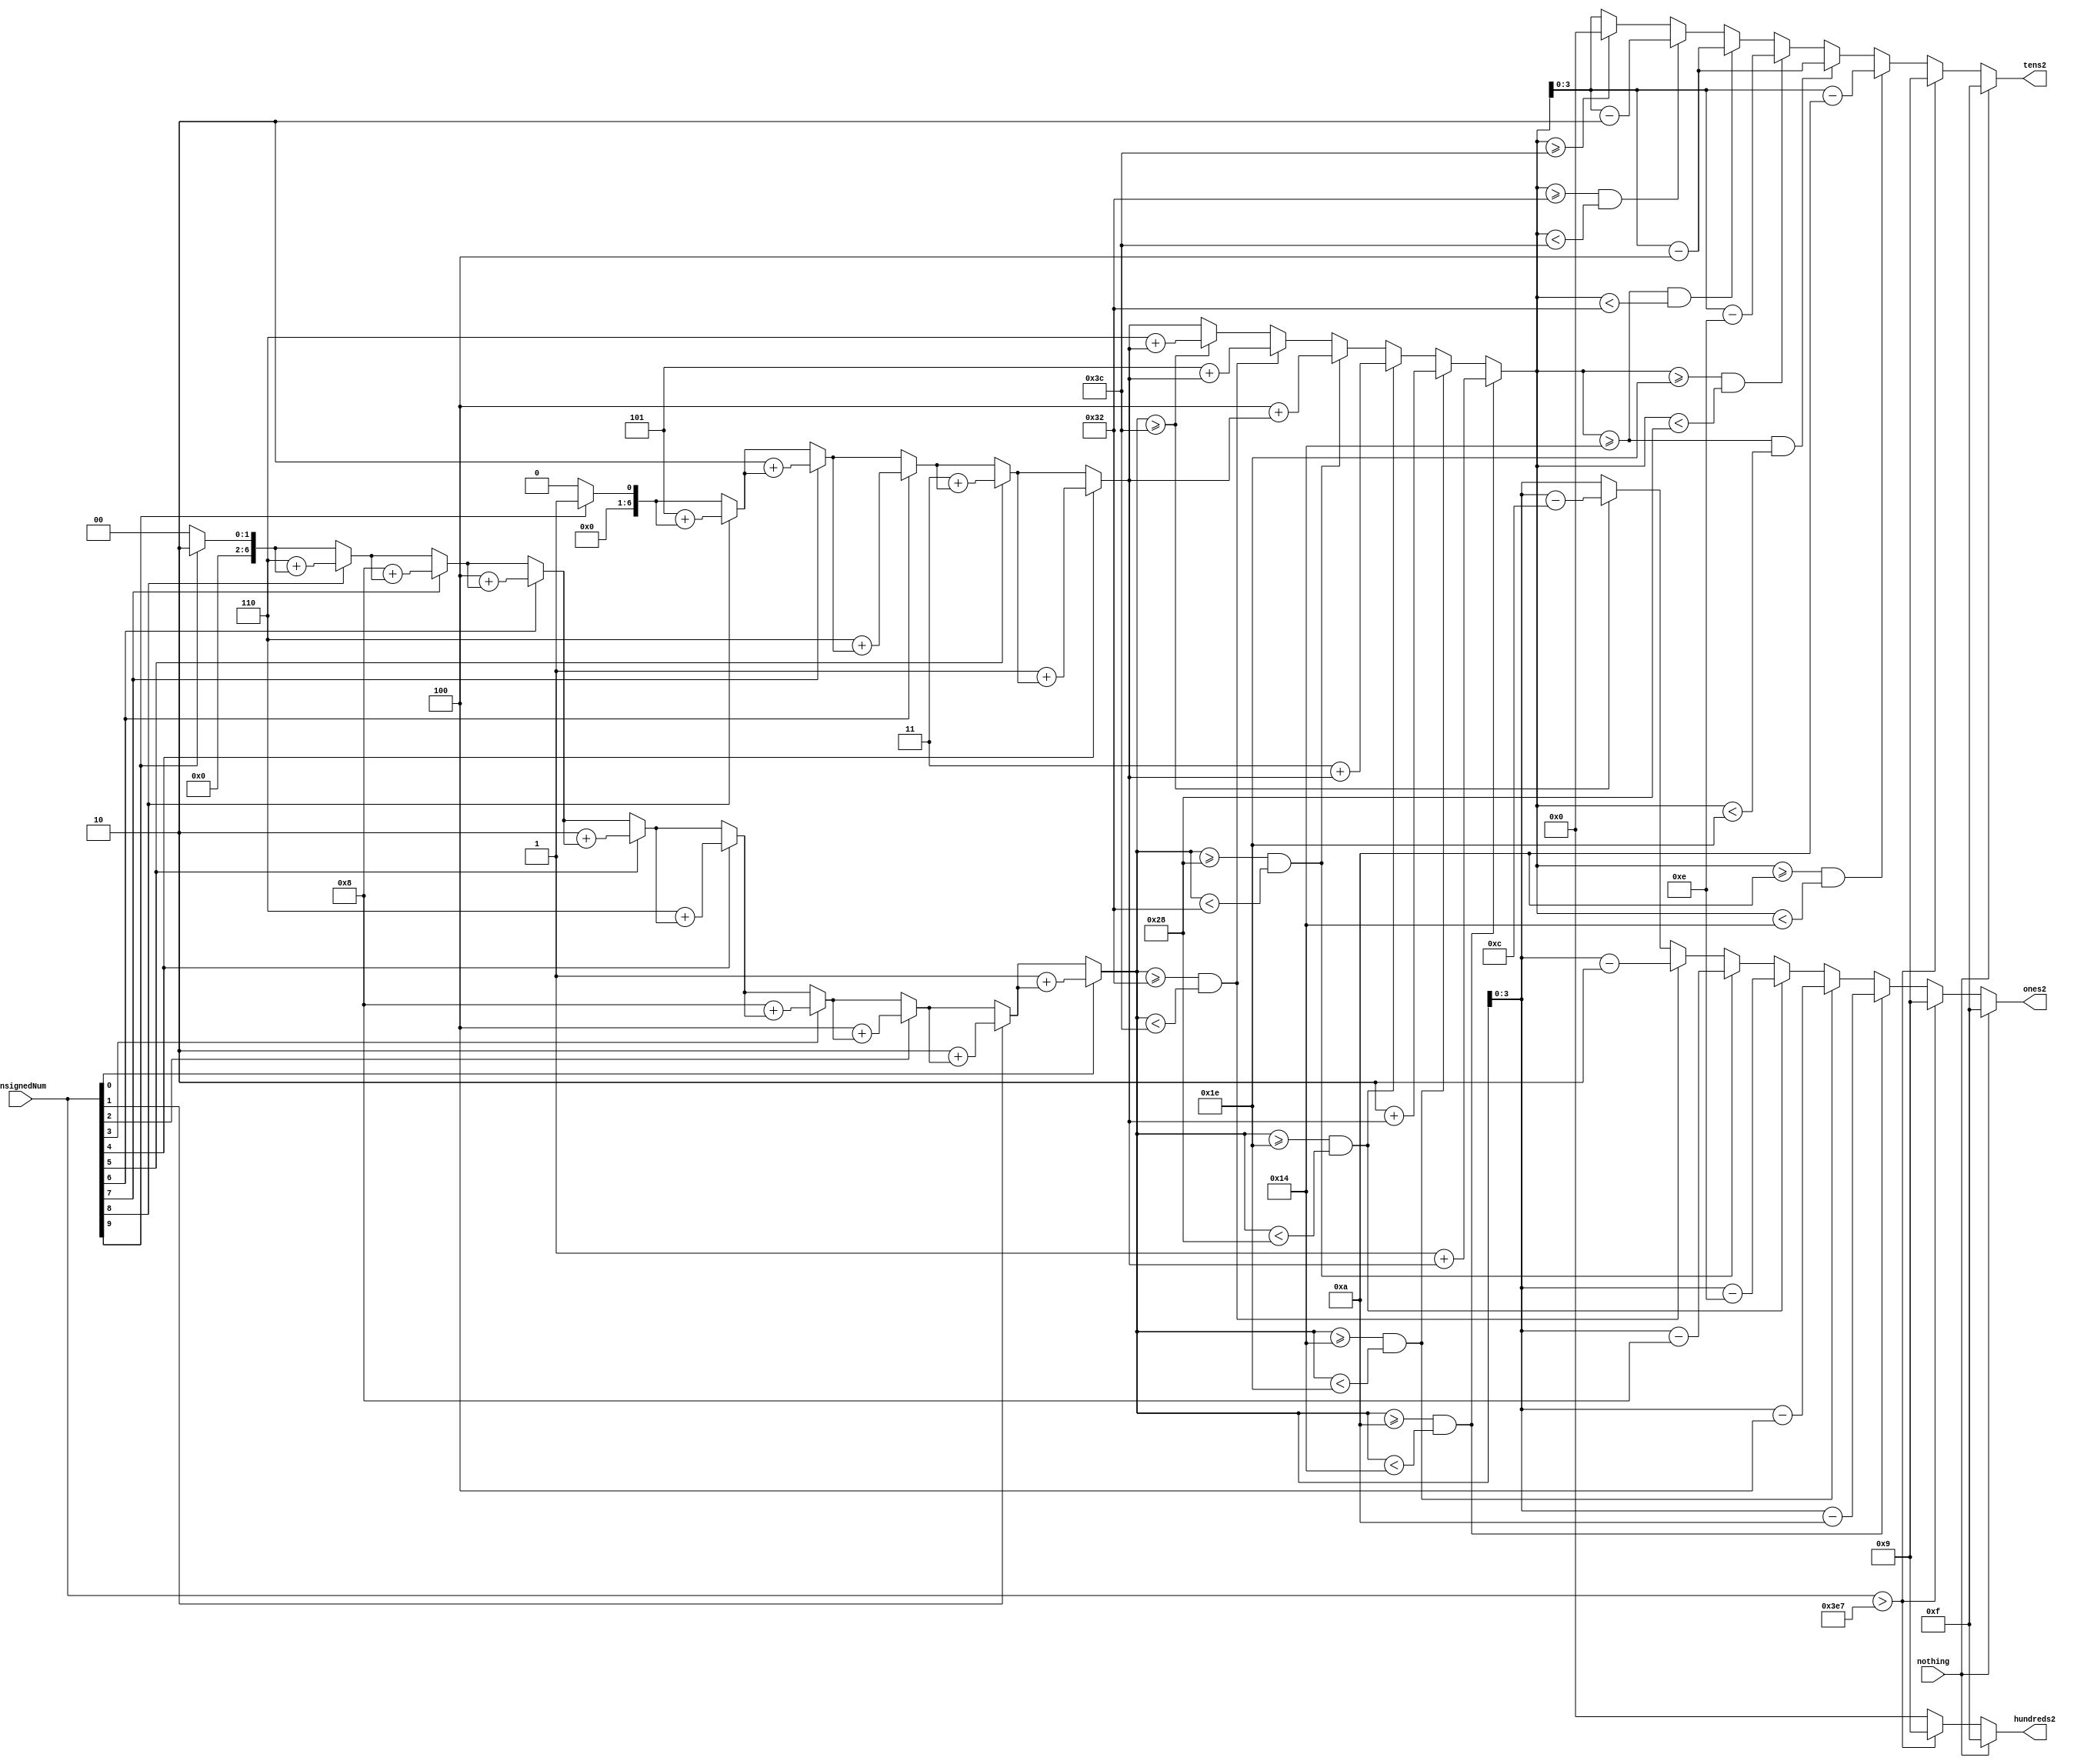
module BCDConverter(

	

	input						[9:0]	unsignedNum,
	input								nothing,
	
	///////////////HEX/////////////////////
	output		     reg [3:0]		hundreds2,
	output		     reg [3:0]		tens2,
	output		     reg [3:0]		ones2
);



//=======================================================
//  REG/WIRE declarations
//=======================================================
reg [6:0] hundreds;
reg [6:0] tens; 
reg [6:0] ones; // These are all 7 bits so as to be able to carry overflow

always @(*) begin
	hundreds2 = 4'b0000;
	tens2 = 4'b0000;
	ones2 = 4'b0000;
	hundreds = 7'b0000000;
	tens = 7'b0000000;
	ones = 7'b0000000;
	
	if (unsignedNum[9] == 1'b1) begin //if 512 bit, add 5 to hundreds, 1 to tens, and 2 to ones
		hundreds = 7'b0000101 + hundreds;
		tens = 7'b0000001 + tens;
		ones = 7'b0000010 + ones;
	end

//	#100
	if (unsignedNum[8] == 1'b1) begin // If 256 bit, Add 2 to hundreds, 5 to tens, and 6 to ones
		hundreds = 7'b0000010 + hundreds;
		tens = 7'b0000101 + tens;
		ones = 7'b0000110 + ones;
	end
	
//	#100
	if (unsignedNum[7] == 1'b1) begin // If 128 bit, add 1 to hundreds, 2 to tens, and 8 to ones
		hundreds = 7'b0000001 + hundreds;
		tens = 7'b0000010 + tens;
		ones = 7'b0001000 + ones;
	end
	
//	#100
	if (unsignedNum[6] == 1'b1) begin // If 64 bit, add 6 to tens, and 4 to ones
		tens = 7'b0000110 + tens;
		ones = 7'b0000100 + ones;
	end
//	#100
	if (unsignedNum[5] == 1'b1) begin // If 32 bit, add 3 to tens, and 2 to ones
		tens = 7'b0000011 + tens;
		ones  = 7'b0000010 + ones;
	end
//	#100
	if (unsignedNum[4] == 1'b1) begin // if 16 bit, add 1 to tens, and 6 to ones
		tens = 7'b0000001 + tens;
		ones = 7'b0000110 + ones;
	end
//	#100
	if (unsignedNum[3] == 1'b1) begin // If 8 bit, add 8 to ones
		ones = 7'b0001000 + ones;
	end
//	#100
	if (unsignedNum[2] == 1'b1) begin // If 4 bit, add 4 to ones
		ones = 7'b0000100 + ones;
	end
//	#100
	if (unsignedNum[1] == 1'b1) begin // If 2 bit, add 2 to ones
		ones = 7'b0000010 + ones;
	end
//#100
	if (unsignedNum[0] == 1'b1) begin // If 1 bit, add 1 to ones
		ones = 7'b0000001 + ones;
	end


	if (ones >= 6'b001010 && ones < 6'b010100) begin // If ones >= 10 && < 20, add 1 to tens, and subtract 10 from ones
		tens = 7'b0000001 + tens;
		ones = ones - 7'b0001010;
		ones2 = ones[3:0];
	end else if (ones >= 7'b0010100 && ones < 7'b0011110) begin // If ones >= 20 && < 30, add 2 to tens and subtract 20 from ones
		tens = 7'b0000010 + tens;
		ones = ones - 7'b0010100;
		ones2 = ones[3:0];
	end else if (ones >= 7'b0011110 && ones < 7'b0101000) begin //If ones >= 30, && ones < 40, add 3 to tens and subtract 30 from ones
		tens = 7'b0000011 + tens;
		ones = ones - 7'b0011110;
		ones2 = ones[3:0];
	end else if (ones >= 7'b0101000 && ones < 7'b0110010) begin // If ones >= 40 && ones < 50, add 4 to tens and subract 40 from ones
		tens = 7'b0000100 + tens;
		ones = ones - 7'b0101000;
		ones2 = ones[3:0]; 
	end else if (ones >= 7'b0110010 && ones < 7'b0111100) begin // If ones >= 50 && < 60, add 5 to tens and subtract 50 from ones
		tens = 7'b0000101 + tens;
		ones = ones - 7'b0110010;
		ones2 = ones[3:0]; 
	end else if (ones >= 7'b0111100) begin // If ones >= 60, add 6 to tens and subtract 50 from ones. Shouldnt reach this
		tens = 7'b0000110 + tens;
		ones = ones - 7'b0111100;
		ones2 = ones[3:0];
	end else begin
		ones2 = ones[3:0]; // If there is no overflow, assign as normal
	end
	
//#100
	if (tens >= 7'b0001010 && tens < 7'b0010100) begin // If tens >= 10 && tens < 20, add 1 to hundreds, and subtract 10 from tens
		hundreds = 7'b00000001 + hundreds;
		tens = tens - 7'b0001010;
		tens2 = tens[3:0];
	end else if (tens >= 7'b0010100 && tens < 7'b0011110) begin // If tens >= 20 && tens < 30, add 2 to hundreds and subtract 20 from tens
		hundreds = 7'b0000010 + hundreds;
		tens = tens - 7'b0010100;
		tens2 = tens[3:0];
	end else if (tens >= 7'b0011110 && tens < 7'b0101000) begin // If tens >= 30 && tens < 40, add 3 to hundreds and subtract 30 from tens
		hundreds = 7'b0000011 + hundreds;
		tens = tens - 7'b0011110;
		tens2 = tens[3:0];
	end else if (tens >= 7'b0010100 && tens < 7'b0110010) begin // If tens >= 40 && tens < 50, add 4 to hundreds and subtract 40 from tens
		hundreds = 7'b0000100 + hundreds;
		tens = tens - 7'b0010100;
		tens2 = tens[3:0];
	end else if (tens >= 7'b0110010 && tens < 7'b0111100) begin // If tens >= 50 && tens < 60, add 5 to hundreds and subtract 50 from tens
		hundreds = 7'b0000101 + hundreds;
		tens = tens - 7'b0110010;
		tens2 = tens[3:0];
	end else if (tens >= 7'b0111100) begin // If tens >= 60, add 6 to hundreds and subtract 50 from tens
		hundreds = 7'b0000110 + hundreds;
	end else begin// If there is no overflow, assign as normal
		tens2 = tens[3:0];
	end

//#100
	if (unsignedNum > 10'b1111100111) begin // If unsigned Num > 999, cap hundreds2, tens2, and ones2 at 9
		hundreds2 = 4'b1001;
		tens2 = 4'b1001;
		ones2 = 4'b1001;
	end
//#100

	
	if (nothing == 1'b1) begin // If nothing signal is high, put dashes on all 4 displays
		hundreds2 = 4'b1111;
		tens2 = 4'b1111;
		ones2 = 4'b1111;
	end
	
	
	
end


//=======================================================
//  Structural coding
//=======================================================



endmodule